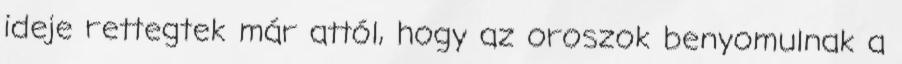
ideje rettegtek már attól, hogy az oroszok benyomulnak a